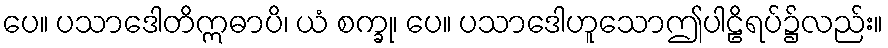
ပေ။ ပသာဒေါတိဣဓာပိ၊ ယံ စက္ခု၊ ပေ။ ပသာဒေါဟူသောဤပါဠိရပ်၌လည်း။